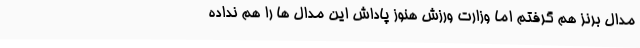
مدال برنز هم گرفتم اما وزارت ورزش هنوز پاداش این مدال ها را هم نداده